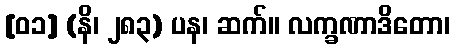
[၀၁] (နိ၊ ၂၈၃) ပန၊ ဆက်။ လက္ခဏာဒိတော၊